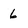
Character: 6